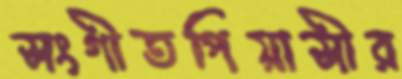
সংগীতপিয়াসীর